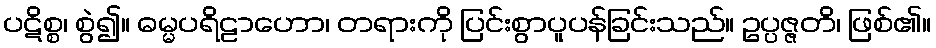
ပဋိစ္စ၊ စွဲ၍။ ဓမ္မပရိဠာဟော၊ တရားကို ပြင်းစွာပူပန်ခြင်းသည်။ ဥပ္ပဇ္ဇတိ၊ ဖြစ်၏။